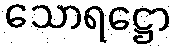
သောရဋ္ဌော